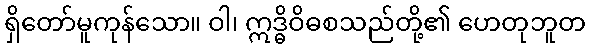
ရှိတော်မူကုန်သော။ ဝါ၊ ဣဒ္ဓိဝိဓစသည်တို့၏ ဟေတုဘူတ